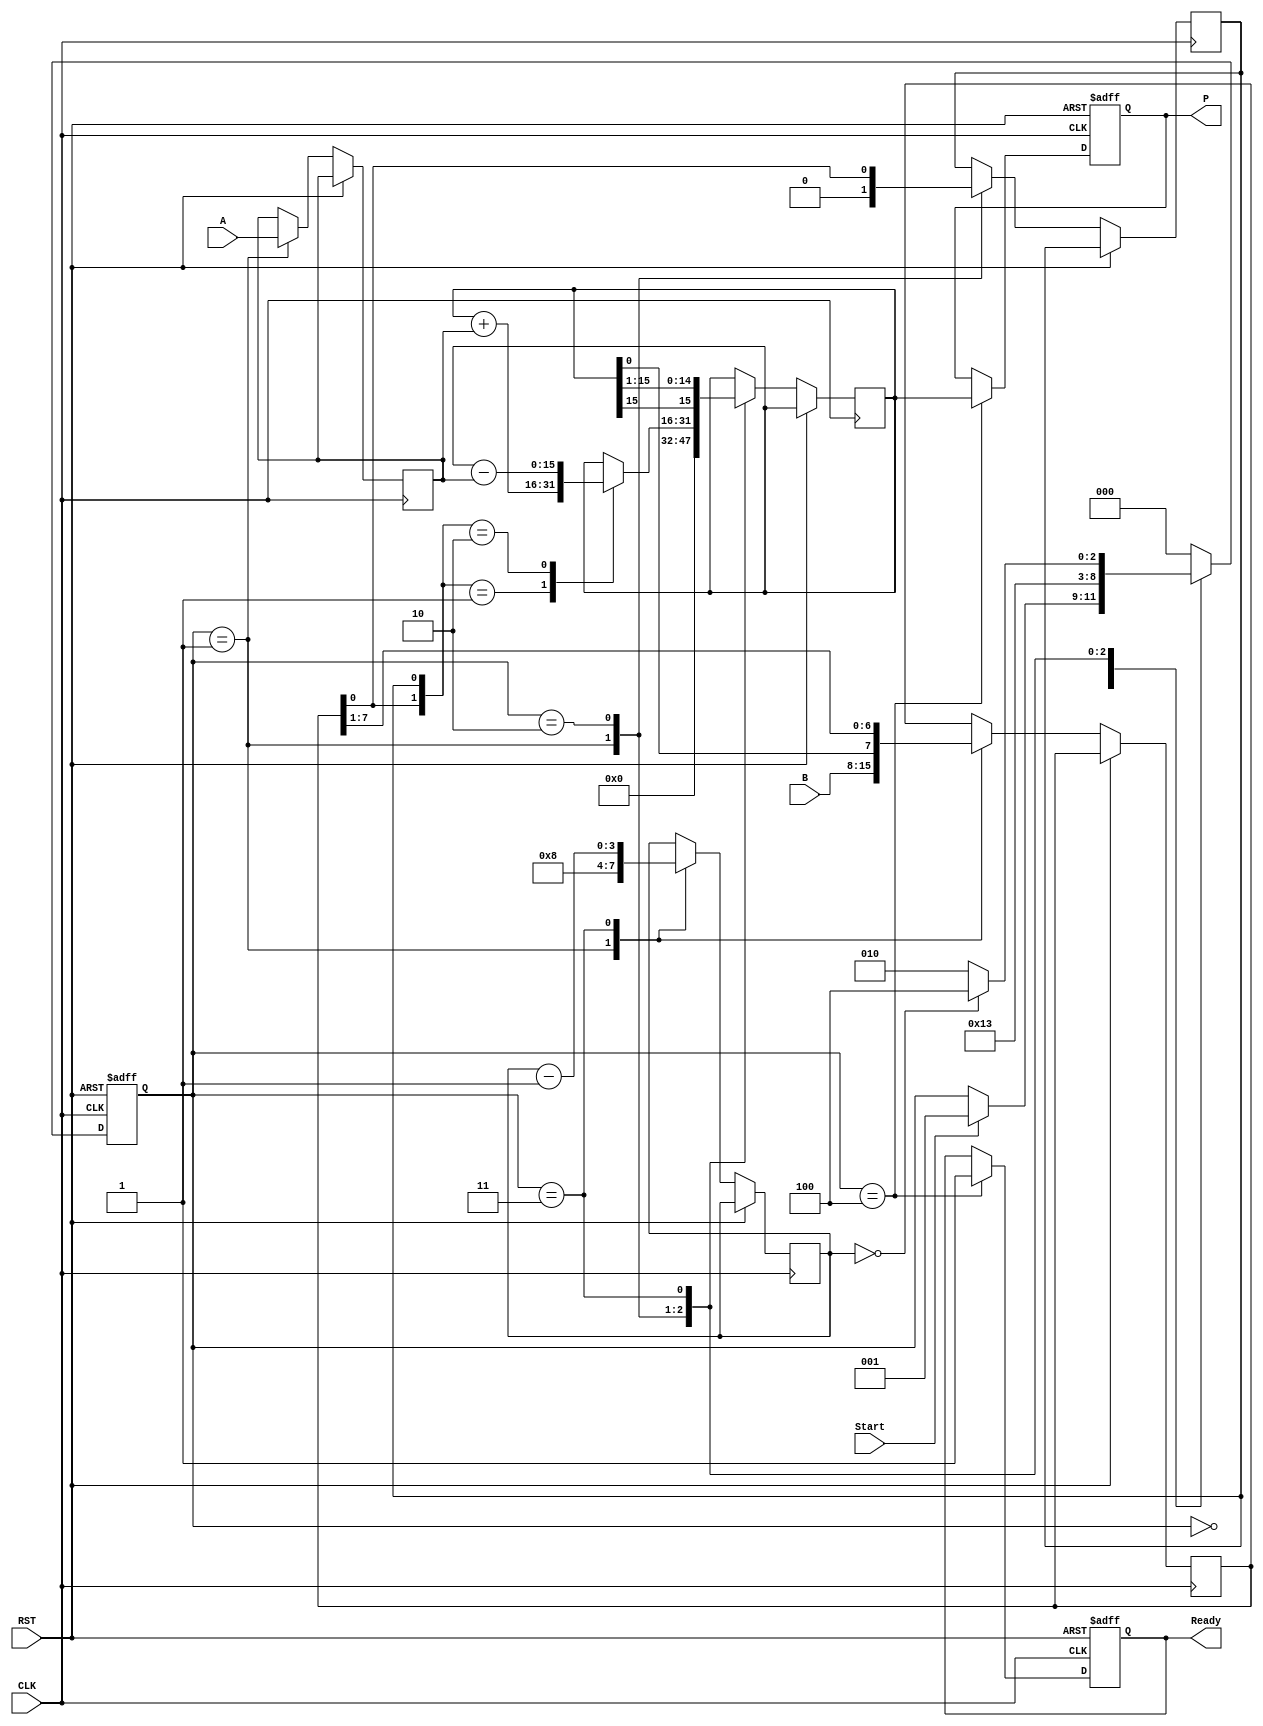
module booth_multiplier (
    input wire [7:0] A,         // Multiplicand
    input wire [7:0] B,         // Multiplier
    input wire Start,           // Control signal to start multiplication
    input wire CLK,             // Clock
    input wire RST,             // Reset
    output reg [15:0] P,        // Product
    output reg Ready            // Ready signal
);

    reg [7:0] A_reg;            // Holds the multiplicand
    reg [7:0] B_reg;            // Holds the multiplier
    reg [7:0] Q_reg;            // Current value of the multiplier
    reg Q_minus_1;              // Previous least significant bit of Q_reg
    reg [15:0] Product_reg;     // Accumulator for the resulting product
    reg [3:0] count;            // Counter for the number of bits processed
    reg [2:0] state;            // State register

    // State encoding
    localparam IDLE       = 3'b000,
               INIT       = 3'b001,
               COMPUTE    = 3'b010,
               SHIFT       = 3'b011,
               DONE       = 3'b100;

    // Sequential logic for state machine and operations
    always @(posedge CLK or posedge RST) begin
        if (RST) begin
            // Reset state
            state <= IDLE;
            P <= 16'b0;
            Ready <= 1'b0;
        end else begin
            case (state)
                IDLE: begin
                    if (Start) begin
                        state <= INIT;
                    end
                end

                INIT: begin
                    // Load registers
                    A_reg <= A;
                    B_reg <= B;
                    Q_reg <= B;
                    Q_minus_1 <= 1'b0; // Initialization
                    Product_reg <= 16'b0;
                    count <= 4'b1000; // Assuming 8-bit multiplication
                    state <= COMPUTE;
                end

                COMPUTE: begin
                    // Booth's algorithm logic
                    case ({Q_reg[0], Q_minus_1})
                        2'b01: Product_reg <= Product_reg + {8'b0, A_reg}; // Add A
                        2'b10: Product_reg <= Product_reg - {8'b0, A_reg}; // Subtract A
                        default: ; // No operation
                    endcase
                    
                    Q_minus_1 <= Q_reg[0]; // Update Q_-1
                    state <= SHIFT;
                end

                SHIFT: begin
                    // Right shift operation
                    {Product_reg, Q_reg} <= {Product_reg[15], Product_reg, Q_reg} >> 1; // Arithmetic right shift
                    count <= count - 1;

                    if (count == 0) begin
                        state <= DONE; // If all bits processed
                    end else begin
                        state <= COMPUTE; // Repeat computation
                    end
                end

                DONE: begin
                    P <= Product_reg; // Final product
                    Ready <= 1'b1;    // Set ready signal
                    state <= IDLE;    // Go back to idle state
                end

                default: state <= IDLE; // Safety default
            endcase
        end
    end

endmodule